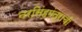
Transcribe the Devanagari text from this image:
नरसिंहमंत्राची